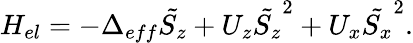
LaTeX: H_{el}=-\Delta_{eff}\tilde{S_{z}}+U_{z}\tilde{S_{z}}^{2}+U_{x}\tilde{S_{x}}^{2}.